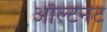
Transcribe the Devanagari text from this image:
ऑल्टर्नेट